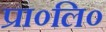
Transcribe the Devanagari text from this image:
प्रा०लि०